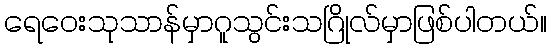
ရေဝေးသုသာန်မှာဂူသွင်းသဂြိုလ်မှာဖြစ်ပါတယ်။